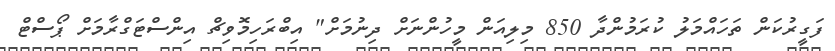
ފަގީރުކަން ތަހައްމަލު ކުރަމުންދާ 850 މިލިއަން މީހުންނަށް ދިނުމަށް" އިބްރަހިމޮވިޗް އިންސްޓަގްރާމަށް ޕޯސްޓް